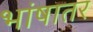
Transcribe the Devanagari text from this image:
भांषातर